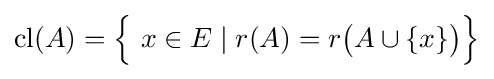
\operatorname {cl} (A)={\Bigl \{}\ x\in E\mid r(A)=r{\bigl (}A\cup \{x\}{\bigr )}{\Bigr \}}